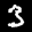
Label: 3